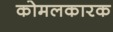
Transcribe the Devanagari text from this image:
कोमलकारक